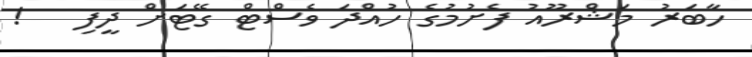
ހާބަރު މަޝްރޫއު ފެށުމުގެ ހުއްދަ ވެސްޓް ގޭޓަށް ދީފި   !